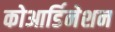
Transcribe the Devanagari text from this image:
कोआर्डिनेशन